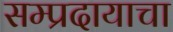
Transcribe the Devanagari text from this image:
सम्प्रदायाचा